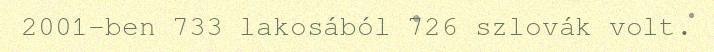
2001-ben 733 lakosából 726 szlovák volt.